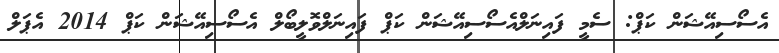
އެސޯސިއޭޝަން ކަޕް: ސެމީ ފައިނަލްއެސޯސިއޭޝަން ކަޕް ފައިނަލްވޮލީބޯލް އެސޯސިއޭޝަން ކަޕް 2014 އެޕަލް